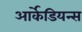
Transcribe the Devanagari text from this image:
आर्केडियन्स